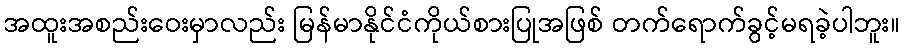
အထူးအစည်းဝေးမှာလည်း မြန်မာနိုင်ငံကိုယ်စားပြုအဖြစ် တက်ရောက်ခွင့်မရခဲ့ပါဘူး။